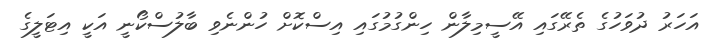
އަހަރު ދުވަހުގެ ތެރޭގައި އޭސީމިލާން ހިންގުމުގައި އިސްކޮށް ހުންނެވި ބާލުސްކޯނީ އަކީ އިޓަލީގެ